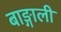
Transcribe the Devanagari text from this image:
बाङ्गाली